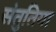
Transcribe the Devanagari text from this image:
संतुतिया